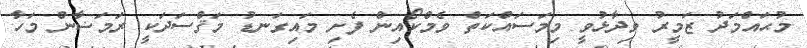
މުޙައްމަދު ޒަމީރު ވިދާޅުވީ މިމަސައްކަތް ވެމްކޯއިން ފެށި މައިގަނޑު މަޤްސަދަކީ ރަމަޟާން މަހާ